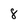
Character: 8